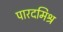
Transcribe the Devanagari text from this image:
पारदमिश्र